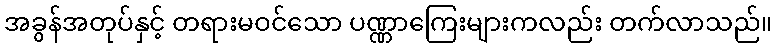
အခွန်အတုပ်နှင့် တရားမဝင်သော ပဏ္ဏာကြေးများကလည်း တက်လာသည်။